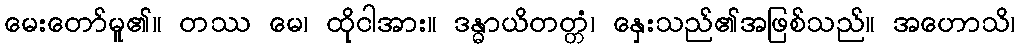
မေးတော်မူ၏။ တဿ မေ၊ ထိုငါအား။ ဒန္ဓာယိတတ္တံ၊ နှေးသည်၏အဖြစ်သည်။ အဟောသိ၊